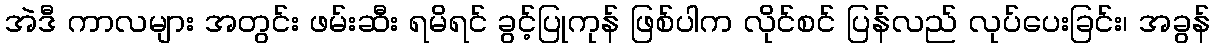
အဲဒီ ကာလများ အတွင်း ဖမ်းဆီး ရမိရင် ခွင့်ပြုကုန် ဖြစ်ပါက လိုင်စင် ပြန်လည် လုပ်ပေးခြင်း၊ အခွန်